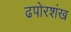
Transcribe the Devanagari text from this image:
ढपोरशंख